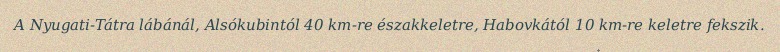
A Nyugati-Tátra lábánál, Alsókubintól 40 km-re északkeletre, Habovkától 10 km-re keletre fekszik.